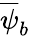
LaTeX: \overline{{\psi}}_{b}